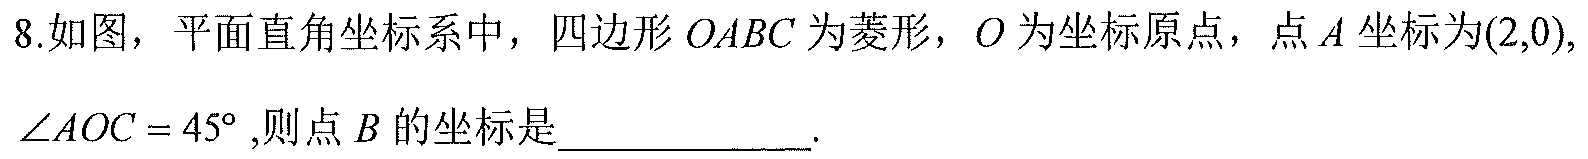
8.如图，平面直角坐标系中，四边形$OABC$为菱形，$O$为坐标原点，点$A$坐标为$(2,0),$ $\angle AOC = 45^{\circ}$,则点$B$的坐标是____________.